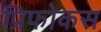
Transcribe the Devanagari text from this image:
प्रिफोकस